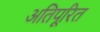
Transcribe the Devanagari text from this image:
अतिपूरित